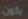
يكون